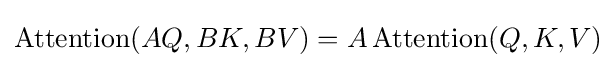
{\text{Attention}}(AQ,BK,BV)=A\,{\text{Attention}}(Q,K,V)